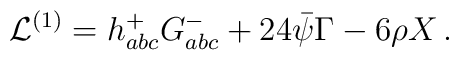
{\cal L}^{(1)} = h^+_{abc} G^-_{abc} + 24 \bar\psi \Gamma- 6\rho X\, .